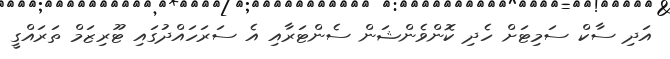
އަދި ސާކް ސަމިޓަށް ހެދި ކޮންވެންޝަން ސެންޓަރާއި އެ ސަރަހައްދުގައި ޓޫރިޒަމް ތަރައްގީ